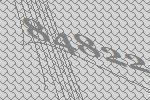
84822